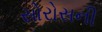
સોરોસની